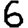
Digit: 6